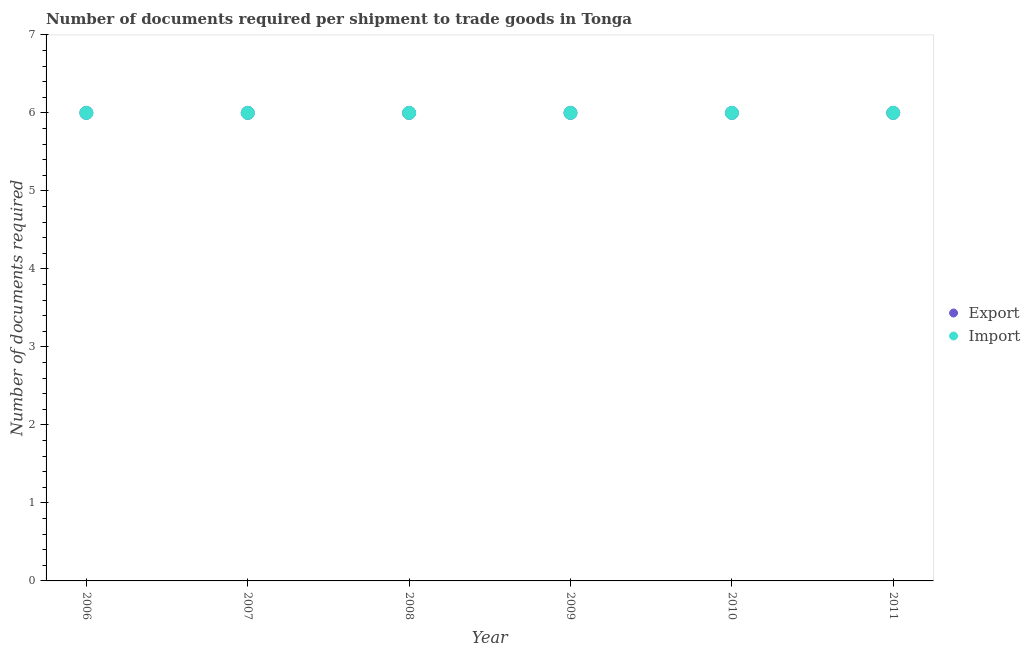
| Year | Export | Import |
 | --- | --- | --- |
 | 2006 | 6 | 6 |
 | 2007 | 6 | 6 |
 | 2008 | 6 | 6 |
 | 2009 | 6 | 6 |
 | 2010 | 6 | 6 |
 | 2011 | 6 | 6 |